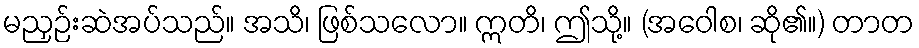
မညှဉ်းဆဲအပ်သည်။ အသိ၊ ဖြစ်သလော။ ဣတိ၊ ဤသို့။ (အဝေါစ၊ ဆို၏။) တာတ